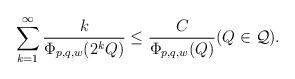
LaTeX: \begin{align*}\sum_{k=1}^\infty\frac{k}{\Phi_{p,q,w}(2^kQ)}\leq\frac{C}{\Phi_{p,q,w}(Q)}(Q\in\mathcal{Q}).\end{align*}